Annual report of the Civil Veterinary Department, Bengal, for the year 1897-98 - 1897-1898
Year: 1897
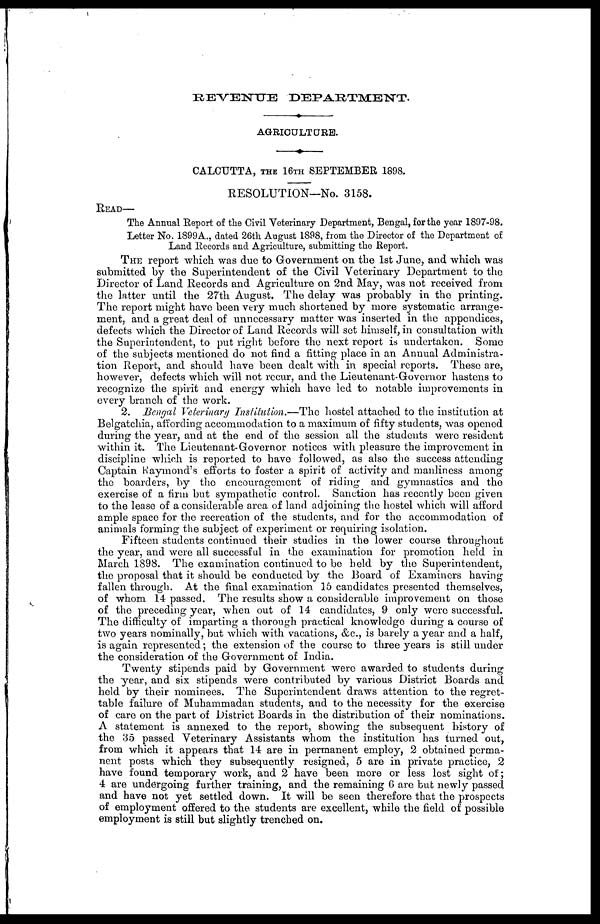
REVENUE
DEPARTMENT.
AGKRICULTURE.
CALCUTTA, THE 16TH SEPTEMBER 1898.
RESOLUTION—No. 3158.
READ—
The Annual Report of the Civil Veterinary Department, Bengal, for the year 1897-98.
Letter No. 1899A., dated 26th August 1898, from the Director of the Department of
Land Records and Agriculture, submitting the Report.
THE report which was due to Government on the 1st June, and which was
submitted by the Superintendent of the Civil Veterinary Department to the
Director of Land Records and Agriculture on 2nd May, was not received from
the latter until the 27th August. The delay was probably in the printing.
The report might have been very much shortened by more systematic arrange-
ment, and a great deal of unnecessary matter was inserted in the appendiees,
defects which the Director of Land Records will set himself, in consultation with
the Superintendent, to put right before the next report is undertaken. Some
of the subjects mentioned do not find a fitting place in an Annual Administra-
tion Report, and should have been dealt with in special reports. These are,
however, defects which will not recur, and the Lieutenant-Governor hastens to
recognize the spirit and energy which have led to notable improvements in
every branch of the work.
2. Bengal Veterinary Institution.—The
hostel attached to the institution at
Belgatehia, affording accommodation to a maximum of fifty students, was opened
during the year, and at the end of the session all the students were resident
within it. The Lieutenant-Governor notices with pleasure the improvement in
discipline which is reported to have followed, as also the success attending
Captain Raymond's efforts to foster a spirit of activity and manliness among
the boarders, by the encouragement of riding and gymnastics and the
exercise of a firm but sympathetic control. Sanction has recently been given
to the lease of a considerable area of land adjoining the hostel which will afford
ample space for the recreation of the students, and for the accommodation of
animals forming the subject of experiment or requiring isolation.
Fifteen students continued their studies in the lower course throughout
the year, and were all successful in the examination for promotion held in
March 1898. The examination continued to be held by the Superintendent,
the proposal that it should be conducted by the Board of Examiners having
fallen through. At the final examination 15 candidates presented themselves,
of whom 14 passed. The results show a considerable improvement on those
of the preceding year, when out of 14 candidates, 9 only were successful.
The difficulty of imparting a thorough practical knowledge during a course of
two years nominally, but which with vacations, &c., is barely a year and a half,
is again represented; the extension of the course to three years is still under
the consideration of the Government of India.
Twenty stipends paid by Government were awarded to students during
the year, and six stipends were contributed by various District Boards and
held by their nominees. The Superintendent draws attention to the regret-
table failure of Muhammadan students, and to the necessity for the exercise
of care on the part of District Boards in the distribution of their nominations.
A statement is annexed to the report, showing the subsequent history of
the 35 passed Veterinary Assistants whom the institution has turned out,
from which it appears that 14 are in permanent employ, 2 obtained perma-
nent posts which they subsequently resigned, 5 are in private practice, 2
have found temporary work, and 2 have been more or less lost sight of;
4 are undergoing further training, and the remaining 6 are but newly passed
and have not yet settled down. It will be seen therefore that the prospects
of employment offered to the students are excellent, while the field of possible
employment is still but slightly trenched on.